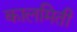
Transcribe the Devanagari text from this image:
कालमिती